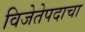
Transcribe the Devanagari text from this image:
विजेतेपदाचा